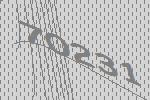
70231